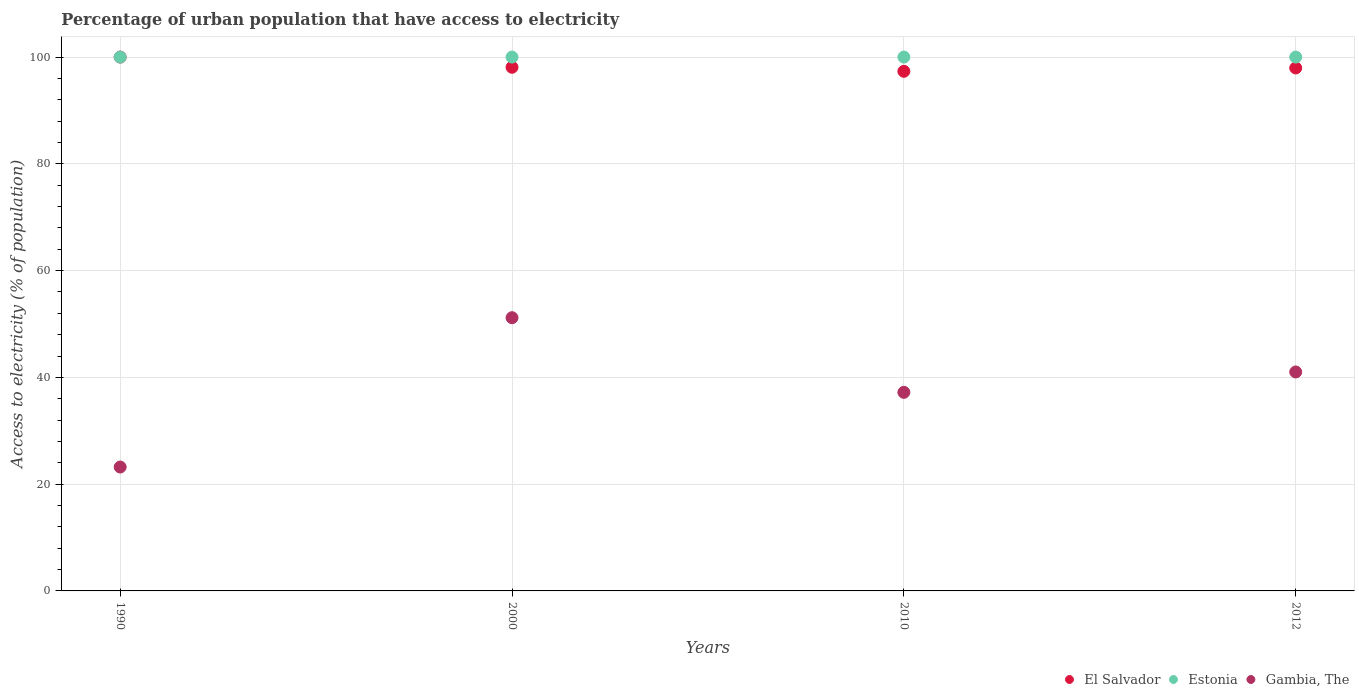
| Years | El Salvador | Estonia | Gambia, The |
 | --- | --- | --- | --- |
 | 1990 | 100 | 100 | 23.2 |
 | 2000 | 98.1 | 100 | 51.2 |
 | 2010 | 97.3 | 100 | 37.2 |
 | 2012 | 98 | 100 | 41 |